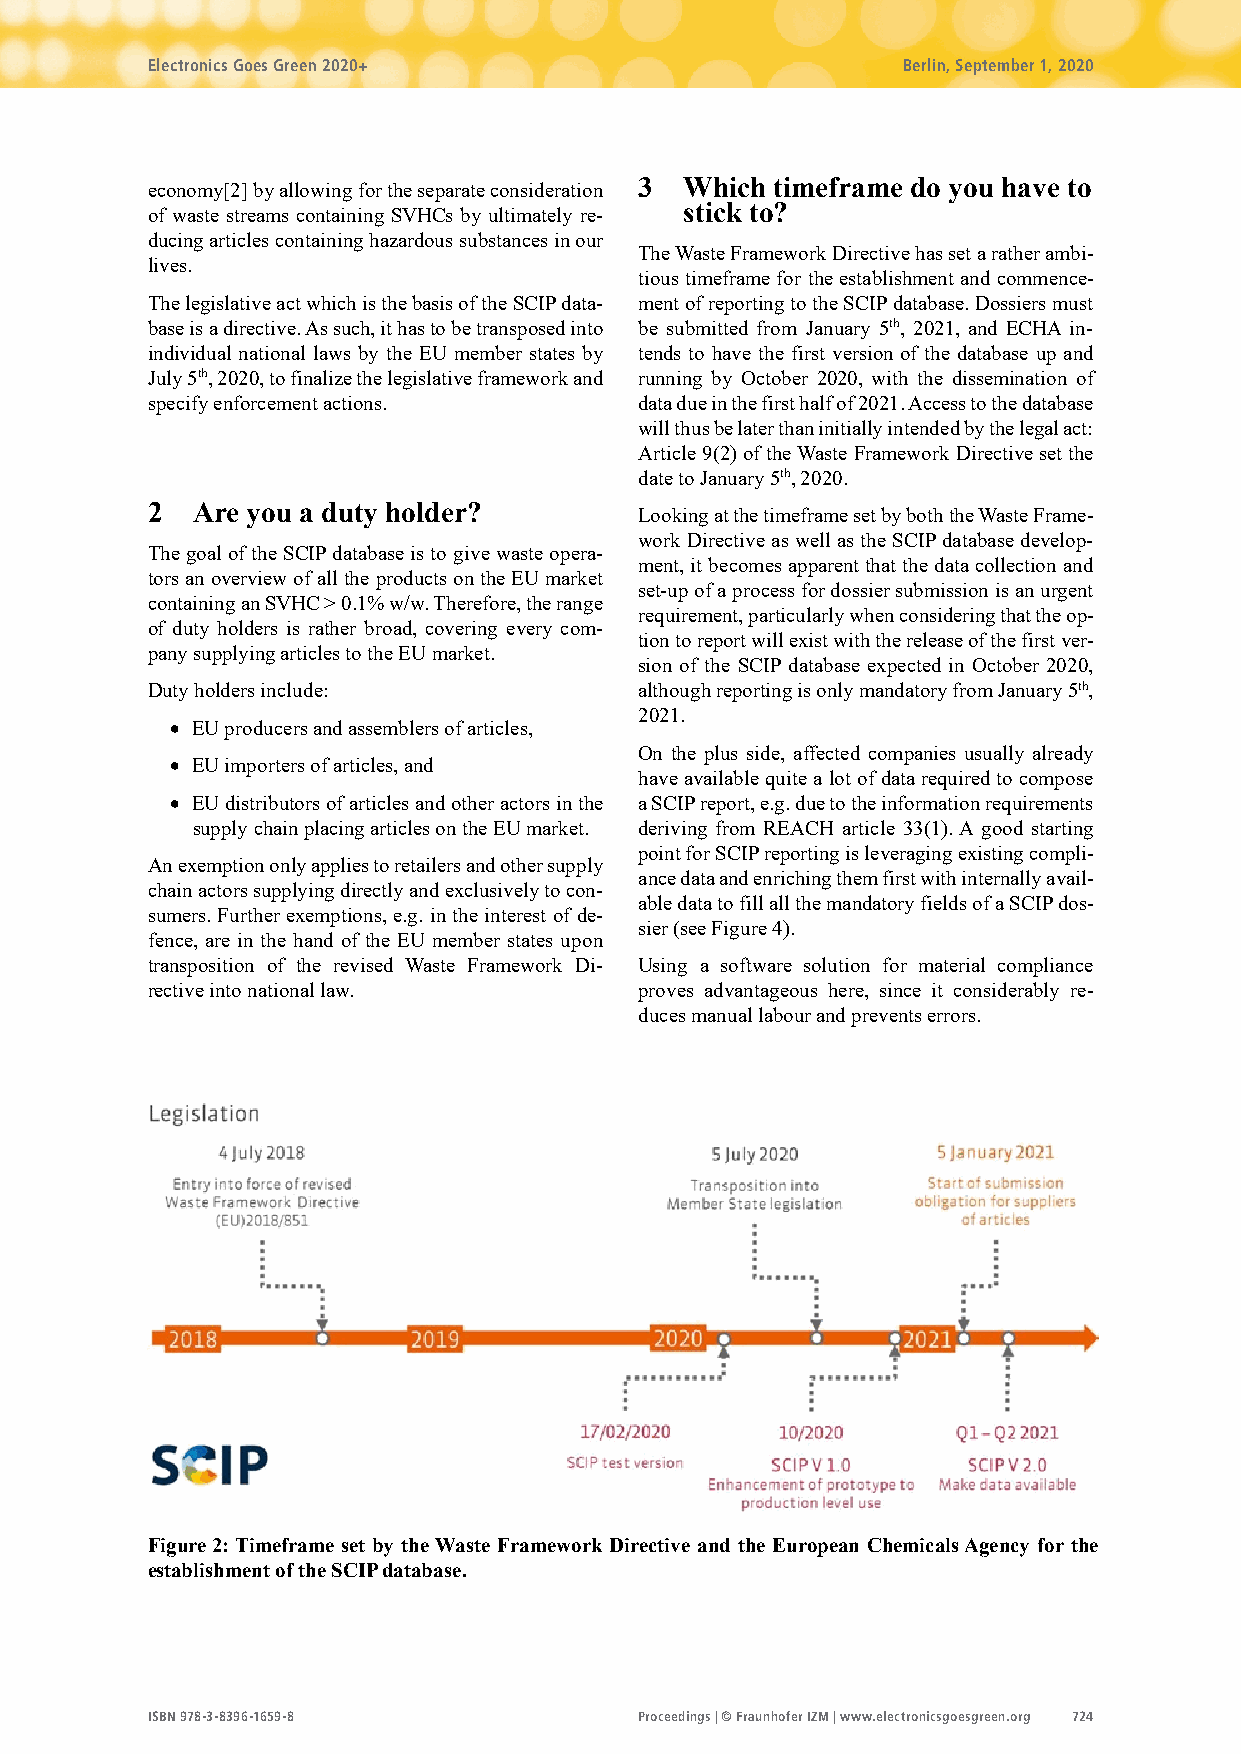
Electronics Goes Green 2020+                      Berlin, September 1, 2020
 economy[2] by allowing for the separate consideration 3 Which timeframe do you have to
 of waste streams containing SVHCs by ultimately re- stick to?
 ducing articles containing hazardous substances in our
 The Waste Framework Directive has set a rather ambi-
 lives.
 tious timeframe for the establishment and commence-
 The legislative act which is the basis of the SCIP data- ment of reporting to the SCIP database. Dossiers must
 base is a directive. As such, it has to be transposed into be submitted from January 5th, 2021, and ECHA in-
 individual national laws by the EU member states by tends to have the first version of the database up and
 July 5th, 2020, to finalize the legislative framework and running by October 2020, with the dissemination of
 specify enforcement actions.    data due in the first half of 2021. Access to the database
 will thus be later than initially intended by the legal act:
 Article 9(2) of the Waste Framework Directive set the
 date to January 5th, 2020.
 2  Are you a duty holder?       Looking at the timeframe set by both the Waste Frame-
 work Directive as well as the SCIP database develop-
 The goal of the SCIP database is to give waste opera-
 ment, it becomes apparent that the data collection and
 tors an overview of all the products on the EU market
 set-up of a process for dossier submission is an urgent
 containing an SVHC > 0.1% w/w. Therefore, the range
 requirement, particularly when considering that the op-
 of duty holders is rather broad, covering every com-
 tion to report will exist with the release of the first ver-
 pany supplying articles to the EU market.
 sion of the SCIP database expected in October 2020,
 Duty holders include:           although reporting is only mandatory from January 5th,
 2021.
  EU producers and assemblers of articles,
 On the plus side, affected companies usually already
  EU importers of articles, and
 have available quite a lot of data required to compose
  EU distributors of articles and other actors in the a SCIP report, e.g. due to the information requirements
 supply chain placing articles on the EU market. deriving from REACH article 33(1). A good starting
 point for SCIP reporting is leveraging existing compli-
 An exemption only applies to retailers and other supply
 ance data and enriching them first with internally avail-
 chain actors supplying directly and exclusively to con-
 able data to fill all the mandatory fields of a SCIP dos-
 sumers. Further exemptions, e.g. in the interest of de-
 sier (see Figure 4).
 fence, are in the hand of the EU member states upon
 transposition of the revised Waste Framework Di- Using a software solution for material compliance
 rective into national law.      proves advantageous here, since it considerably re-
 duces manual labour and prevents errors.
 Figure 2: Timeframe set by the Waste Framework Directive and the European Chemicals Agency for the
 establishment of the SCIP database.
 ISBN 978-3-8396-1659-8          Proceedings | © Fraunhofer IZM | www.electronicsgoesgreen.org 724